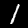
Label: 1